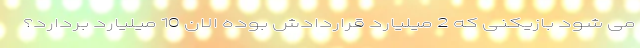
می شود بازیکنی که 2 میلیارد قراردادش بوده الان 10 میلیارد بردارد؟